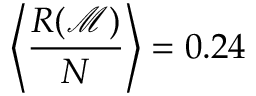
\left< \frac { R ( \mathcal { M } ) } { N } \right> = 0 . 2 4